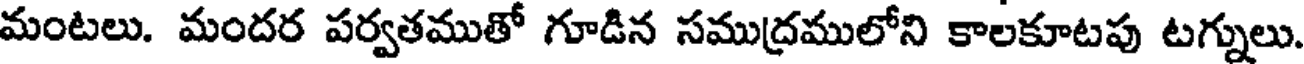
మంటలు. మందర పర్వతముతో గూడిన సముద్రములోని కాలకూటపు టగ్నులు.